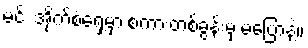
မင်း အိုက်စံရှေ့မှာ စကားတစ်ခွန်းမှ မပြောနဲ့။